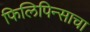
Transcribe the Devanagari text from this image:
फिलिपिन्साचा